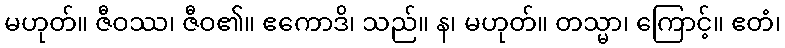
မဟုတ်။ ဇီဝဿ၊ ဇီဝ၏။ ဧကောဒိ၊ သည်။ န၊ မဟုတ်။ တသ္မာ၊ ကြောင့်။ ဧတံ၊